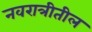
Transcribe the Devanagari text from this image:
नवरात्रीतील